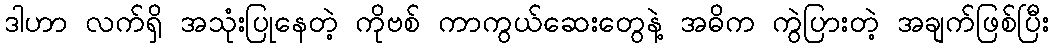
ဒါဟာ လက်ရှိ အသုံးပြုနေတဲ့ ကိုဗစ် ကာကွယ်ဆေးတွေနဲ့ အဓိက ကွဲပြားတဲ့ အချက်ဖြစ်ပြီး